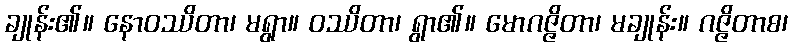
ချုန်း၏။ နောဝဿိတာ၊ မရွာ။ ဝဿိတာ၊ ရွာ၏။ မောဂဇ္ဇိတာ၊ မချုန်း။ ဂဇ္ဇိတာစ၊